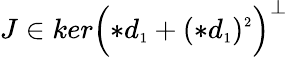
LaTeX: J\in ker\Bigl(\ast d_{\scriptscriptstyle 1}+(\ast d_{\scriptscriptstyle 1})^{\scriptscriptstyle 2}\Bigr)^{\perp}